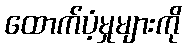
ထောက်ပံ့မှုများကို